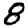
Digit: 8